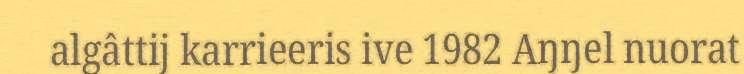
algâttij karrieeris ive 1982 Aŋŋel nuorat